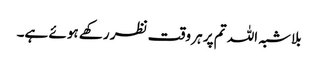
بلاشبہ اللہ تم پر ہر وقت نظر رکھے ہوئے ہے۔